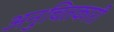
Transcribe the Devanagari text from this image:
अनुचितकारी